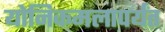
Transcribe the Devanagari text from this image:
योनिकमलापर्यंत